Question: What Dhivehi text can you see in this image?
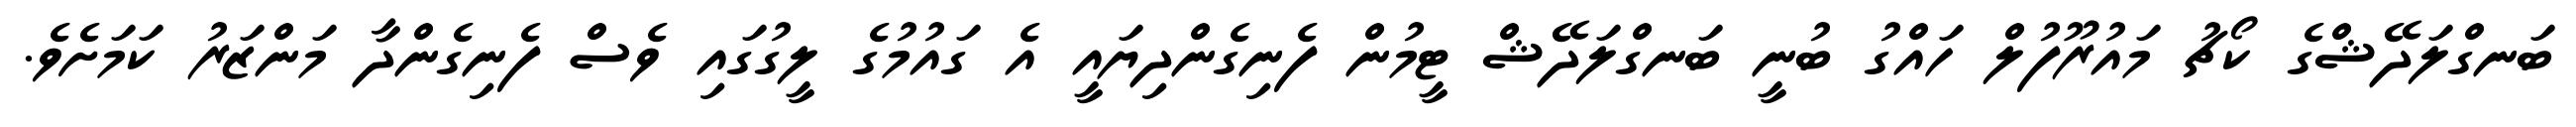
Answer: ބަނގްލަދޭޝްގެ ކޯޗު މައުރޫފުލް ހައްގު ބުނީ ބަނގްލަދޭޝް ޓީމުން ފެނިގެންދިޔައީ އެ ގައުމުގެ ލީގުގައި ވެސް ފެނިގެންދާ މަންޒަރު ކަމަށެވެ.